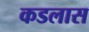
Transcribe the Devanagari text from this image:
कडलास